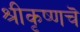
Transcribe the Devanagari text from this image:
श्रीकृष्णचॆ